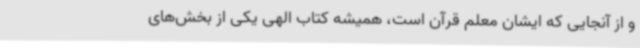
و از آنجایی که ایشان معلم قرآن است، همیشه کتاب الهی یکی از بخش‌های